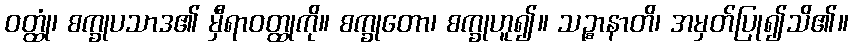
ဝတ္ထုံ၊ စက္ခုပသာဒ၏ မှီရာဝတ္ထုကို။ စက္ခုတော၊ စက္ခုဟူ၍။ သဉ္စာနာတိ၊ အမှတ်ပြု၍သိ၏။